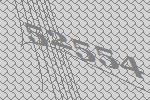
52554